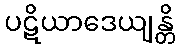
ပဋိယာဒေယျန္တိ